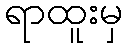
ရာထူးမှ